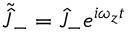
\tilde { \hat { J } } _ { - } = \hat { J } _ { - } e ^ { i \omega _ { z } t }